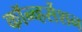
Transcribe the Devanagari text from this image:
कॉन्व्हर्सेशन